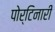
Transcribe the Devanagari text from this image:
पोर्टिनारी